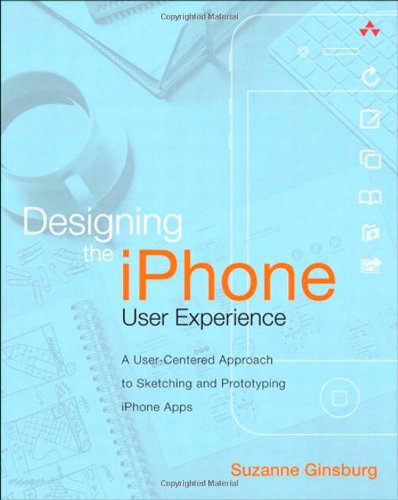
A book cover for Designing the iPhone User Experience: A User-Centered Approach to Sketching and Prototyping iPhone Apps; Suzanne Ginsburg; Computers & Technology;